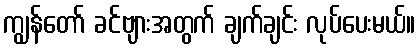
ကျွန်တော် ခင်ဗျားအတွက် ချက်ချင်း လုပ်ပေးမယ်။